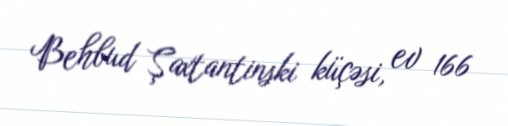
Behbud Şaxtantinski küçəsi, ev 166